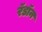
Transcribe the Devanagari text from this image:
रॅडॉन